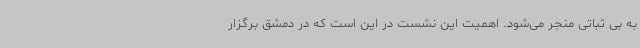
به بی ثباتی منجر می‌شود. اهمیت این نشست در این است که در دمشق برگزار